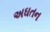
અઘતન